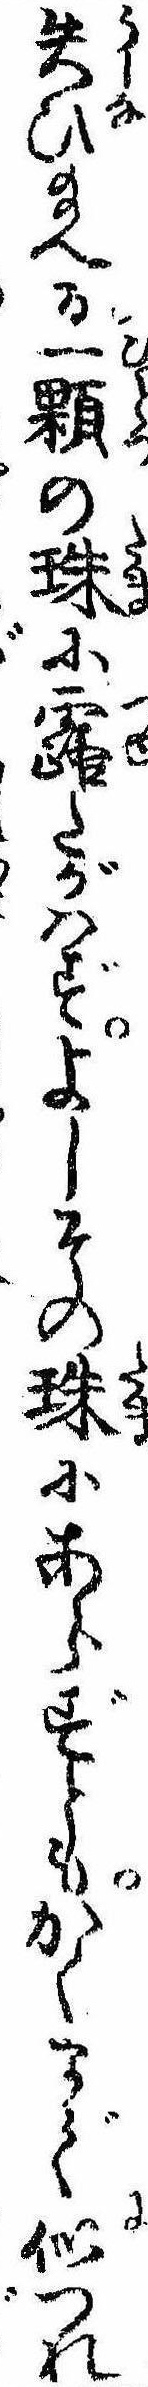
失ひ給へる一顆の珠に露たがはずよしその珠にあらずともかくまで似つれ